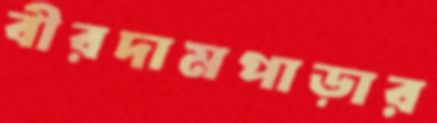
বীরদামপাড়ার